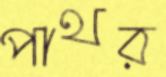
পাথর